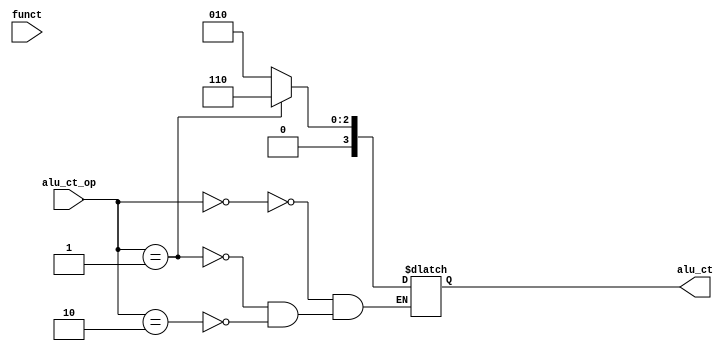
module ALUCt(
    input  wire [ 5 : 0 ] funct,
    input  wire [ 1 : 0 ] alu_ct_op,
    output reg  [ 3 : 0 ] alu_ct
);
    always@(*) begin
        case(alu_ct_op)
            2'b00:
                alu_ct= 4'b0010;
            2'b01:
                alu_ct= 4'b0110;
            2'b10:
                case(funct) 
                    //funct100001alu_ct4b0010

                    default:begin 
                        alu_ct = 4'b0010;
                    end
                endcase
            default:begin end
        endcase 
    end
endmodule